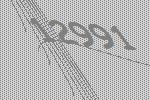
12991